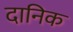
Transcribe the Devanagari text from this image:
दानिक